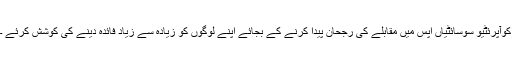
کوآپرئٹیو سوسائٹیاں اپس میں مقابلے کی رجحان پیدا کرنے کے بجائے اپنے لوگوں کو زیادہ سے زیاد فائدہ دینے کی کوشش کرئے ۔